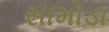
સામોડા